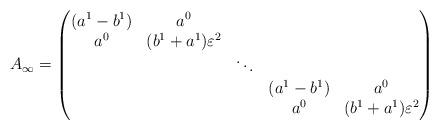
LaTeX: \begin{align*}A_{\infty}=\begin{pmatrix} (a^1-b^1) &a^0 \\a^0 & (b^1+a^1)\varepsilon^2 & & & \\ && \ddots && \\ & & & (a^1-b^1) &a^0\\ && & a^0& (b^1+a^1)\varepsilon^2\\ \end{pmatrix} \end{align*}